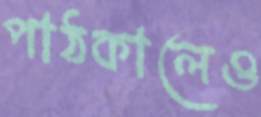
পাঠকালেও